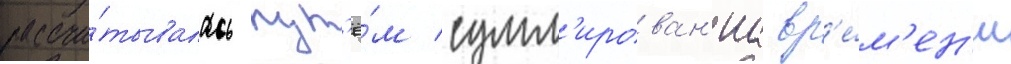
рассчи́тывалась пут'ё́м сумм'ирован'иа вр'е́м'ен'и